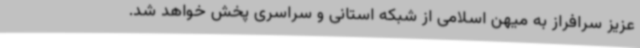
عزیز سرافراز به میهن اسلامی از شبکه استانی و سراسری پخش خواهد شد.